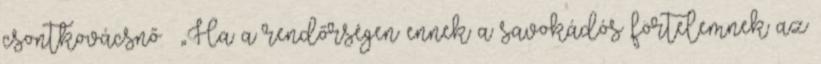
csontkovácsnő „Ha a rendőrségen ennek a savokádós förtelemnek az